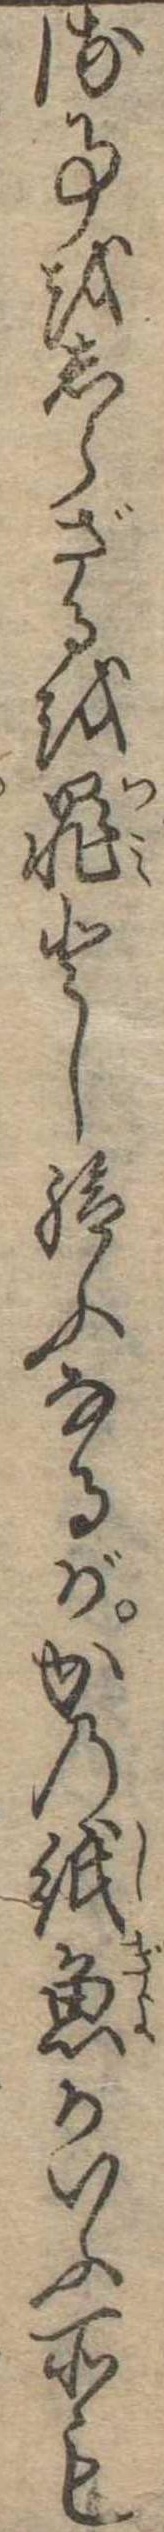
る事をしらざるを罪とし給ふなるがかの紙魚がいふ所も